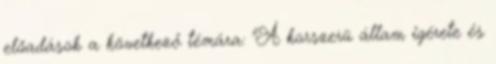
előadások a következő témára: "A korszerü állam igérete és